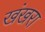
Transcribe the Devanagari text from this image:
खंखरा